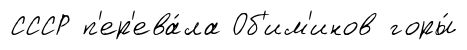
СССР п'ер'ева́ла Об'им'инов горы́